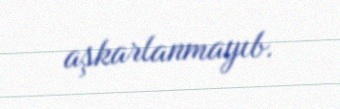
aşkarlanmayıb.